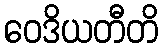
ဝေဒိယတီတိ